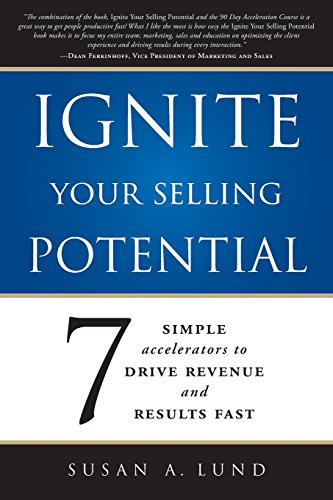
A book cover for Ignite Your Selling Potential: 7 Simple Accelerators to Drive Revenue and Results Fast; Susan A. Lund; Business & Money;